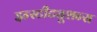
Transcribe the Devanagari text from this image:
इन्स्टीट्यूशन्स